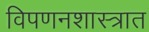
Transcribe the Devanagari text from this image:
विपणनशास्त्रात